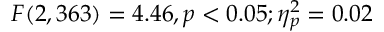
F ( 2 , 3 6 3 ) = 4 . 4 6 , p < 0 . 0 5 ; \eta _ { p } ^ { 2 } = 0 . 0 2